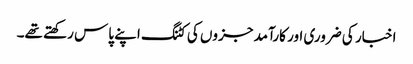
اخبار کی ضروری اور کارآمد جزوں کی کٹنگ اپنے پاس رکھتے تھے۔